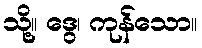
သို့။ ဒွေ၊ ကုန်သော။